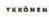
YKKÖNEN